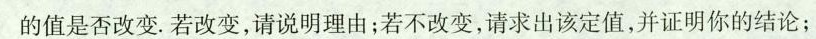
的值是否改变。若改变，请说明理由；若不改变，请求出该定值，并证明你的结论；